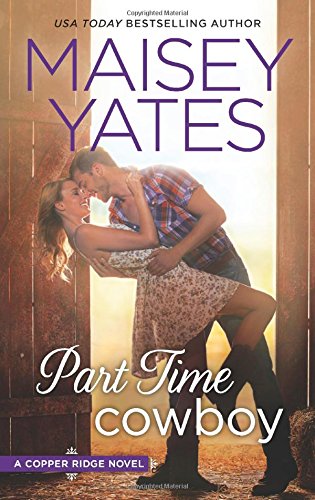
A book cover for Part Time Cowboy (Copper Ridge); Maisey Yates; Romance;